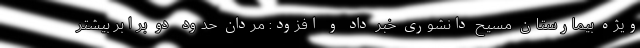
ویژه بیمارستان مسیح دانشوری خبر داد و افزود: مردان حدود دو برابر بیشتر